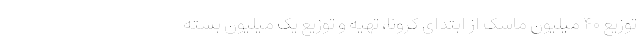
توزیع ۴۰ میلیون ماسک از ابتدای کرونا، تهیه و توزیع یک میلیون بسته